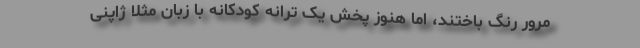
مرور رنگ باختند، اما هنوز پخش یک ترانه کودکانه با زبان مثلا ژاپنی